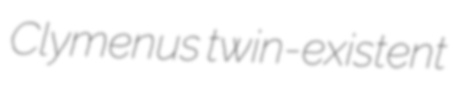
Clymenus twin-existent